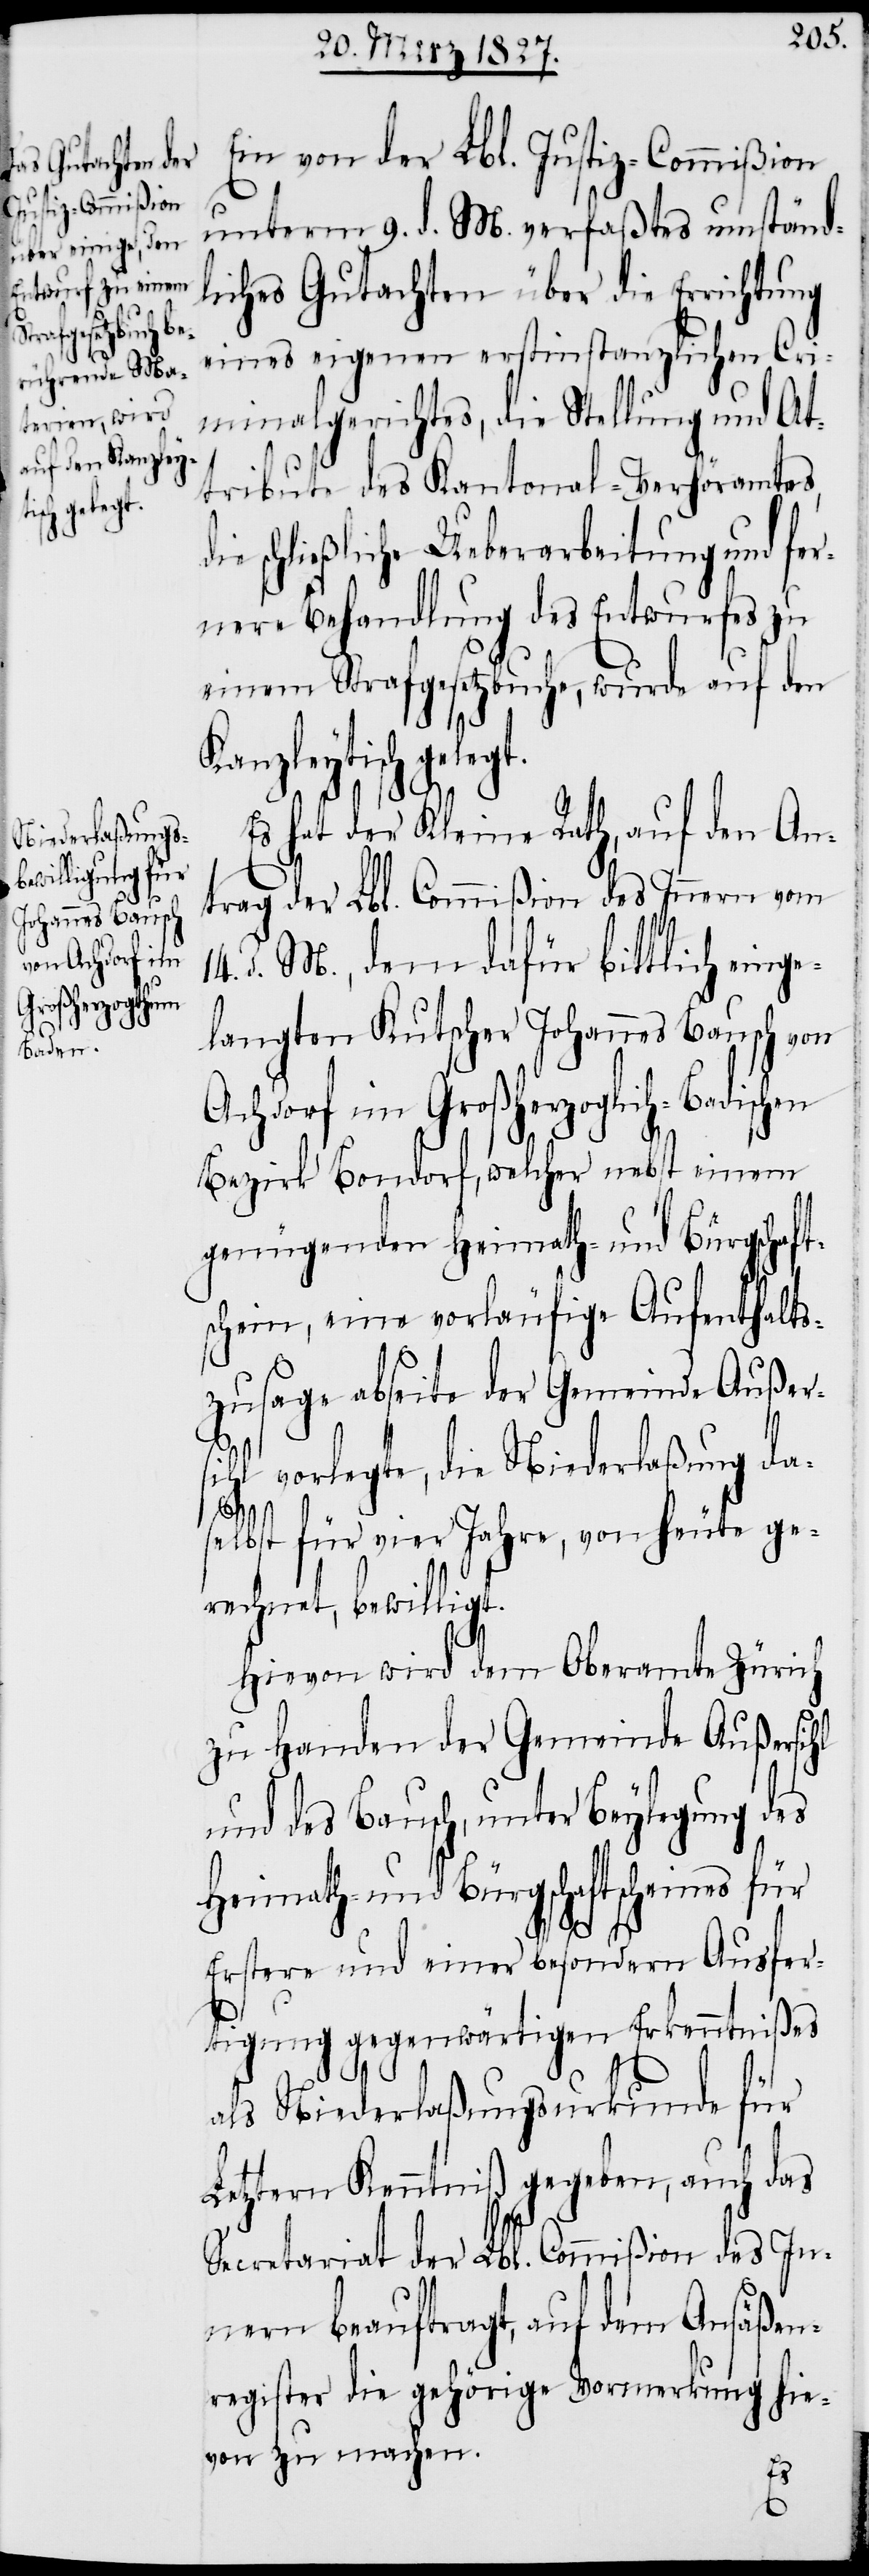
14.

Ein von der Lbl. Justiz-Commißion
unterm 9. d. M. verfaßtes umständl¬
iches Gutachten über die Errichtung
eines eigenen erstinstanzlichen Cri¬
minalgerichtes, die Stellung und At¬
tribute des Kantonal-Verhöramtes,
ie schließliche Ueberarbeitung und fer¬
nere Behandlung des Entwurfes zu
einem Strafgesetzbuche, wurde auf den
Kanzleytisch geleg¬
s hat der Kleine Rath, auf den An¬
trag der Lbl. Commißion des Innern vom
d. M., dem dafür bittlich einge¬
langten Kutscher Johannes Bausch von
Achdorf im Großherzoglich-Badischen
Bezirk Bondorf, welcher nebst einem
genügenden Heimath- und Bürgschaft¬
schein, eine vorläufige Aufenthalts¬
zusage abseite der Gemeinde Außers¬
ihl vorlegte, die Niederlaßung da¬
selbst für vier Jahre, von heute ge¬
rechnet, bewilligt.
Hievon wird dem Oberamte Zürich
zu Handen der Gemeinde Außersihl
und des Bausch, unter Beylegung des
Heimath- und Bürgschaftscheines für
Erstere und einer besondern Ausfer¬
tigung gegenwärtigen Erkenntnißes
als Niederlaßungsurkunde für
Letztern Kenntniß gegeben, auch das
Secretariat der Lbl. Commißion des In¬
nern beauftragt, auf dem Ansäßen¬
register die gehörige Vormerkung hie¬
von zu machen.
E¬